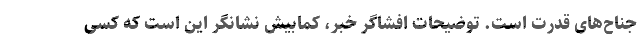
جناح‌های قدرت است. توضیحات افشاگرِ خبر، کمابیش نشانگر این است که کسی